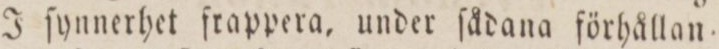
J ſynnerhet frappera, under ſådana förhållan=